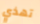
تهذي